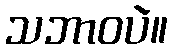
သဘာဝပဲ။